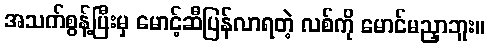
အသက်စွန့်ပြီးမှ မောင့်ဆီပြန်လာရတဲ့ လစ်ကို မောင်မညှာဘူး။